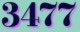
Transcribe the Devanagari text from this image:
३४७७